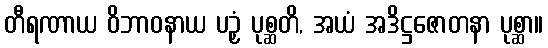
တီရဏာယ ဝိဘာဝနာယ ပဉှံ ပုစ္ဆတိ, အယံ အဒိဋ္ဌဇောတနာ ပုစ္ဆာ။